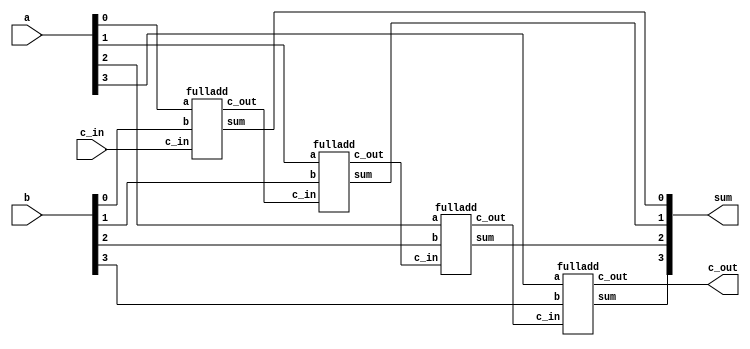
module fulladd4(sum, c_out, a, b, c_in);
	output [3:0] sum;
	output c_out;
	input [3:0]a,b;
	input c_in;
	
	wire c1, c2, c3;
	
	fulladd fa0(sum[0], c1, a[0], b[0], c_in);
	fulladd fa1(sum[1], c2, a[1], b[1], c1);
	fulladd fa2(sum[2], c3, a[2], b[2], c2);
	fulladd fa3(sum[3], c_out, a[3], b[3], c3);
endmodule

module fulladd(sum, c_out, a, b, c_in);

	output sum, c_out;
	input a,b,c_in;

	wire s1, c1, c2;
	xor(s1, a, b);
	and(c1, a, b);
	xor(sum,s1,c_in);
	and(c2, s1, c_in);
	
	xor(c_out, c2, c1);
	
endmodule